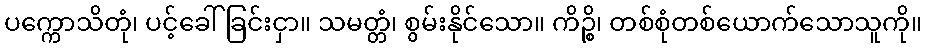
ပက္ကောသိတုံ၊ ပင့်ခေါ်ခြင်းငှာ။ သမတ္တံ၊ စွမ်းနိုင်သော။ ကိဉ္စိ၊ တစ်စုံတစ်ယောက်သောသူကို။